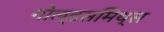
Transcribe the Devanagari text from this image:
गोल्डसमिथ्स